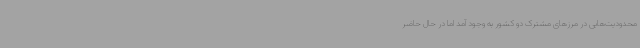
محدودیت‌هایی در مرزهای مشترک دو کشور به وجود آمد اما در حال حاضر